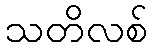
သတိလစ်